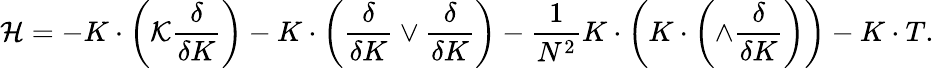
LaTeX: {\cal H}=-K\cdot\left({\cal K}\frac{\delta}{\delta K}\right)-K\cdot\left(\frac{\delta}{\delta K}\vee\frac{\delta}{\delta K}\right)-\frac{1}{N^{2}}K\cdot\left(K\cdot\left(\wedge\frac{\delta}{\delta K}\right)\right)-K\cdot T.